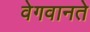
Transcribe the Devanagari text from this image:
वेगवानते